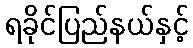
ရခိုင်ပြည်နယ်နှင့်